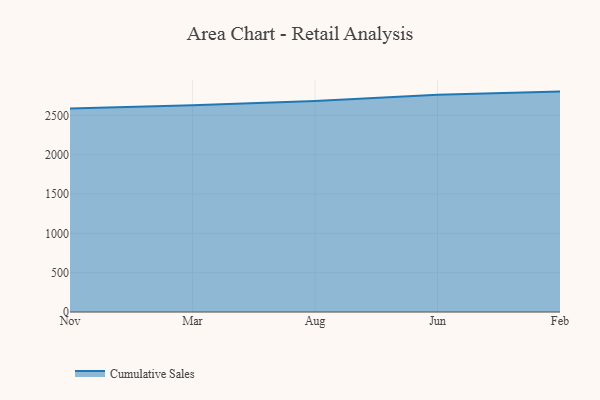
{"axis": {"x": "Month", "y": "Headcount"}, "legend": ["Cumulative Sales"], "data": [{"x": "Nov", "y": 2587.6, "type": "Cumulative Sales"}, {"x": "Mar", "y": 2628.5, "type": "Cumulative Sales"}, {"x": "Aug", "y": 2681.4, "type": "Cumulative Sales"}, {"x": "Jun", "y": 2760.3, "type": "Cumulative Sales"}, {"x": "Feb", "y": 2801.3, "type": "Cumulative Sales"}]}